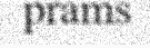
prams